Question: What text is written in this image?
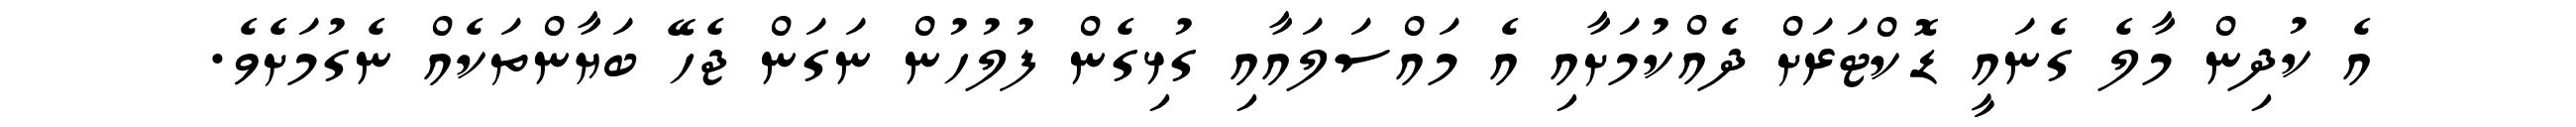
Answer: އެ ކުދިން މާލެ ގެނައީ ޑޮކްޓަރަށް ދެއްކުމަށާއި އެ މައްސަލައާއި ގުޅިގެން ފުލުހުން ނަގަން ޖެހޭ ބަޔާންތަކެއް ނެގުމަށެވެ.